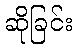
ဆိုခြင်း